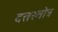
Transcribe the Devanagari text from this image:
दत्तस्तोत्र